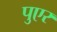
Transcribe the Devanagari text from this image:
पुएर